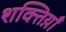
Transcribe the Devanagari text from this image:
शक्तिय़ाँ